Code of medical and sanitary regulations for the guidance of medical officers serving in the Madras Presidency - Volume I
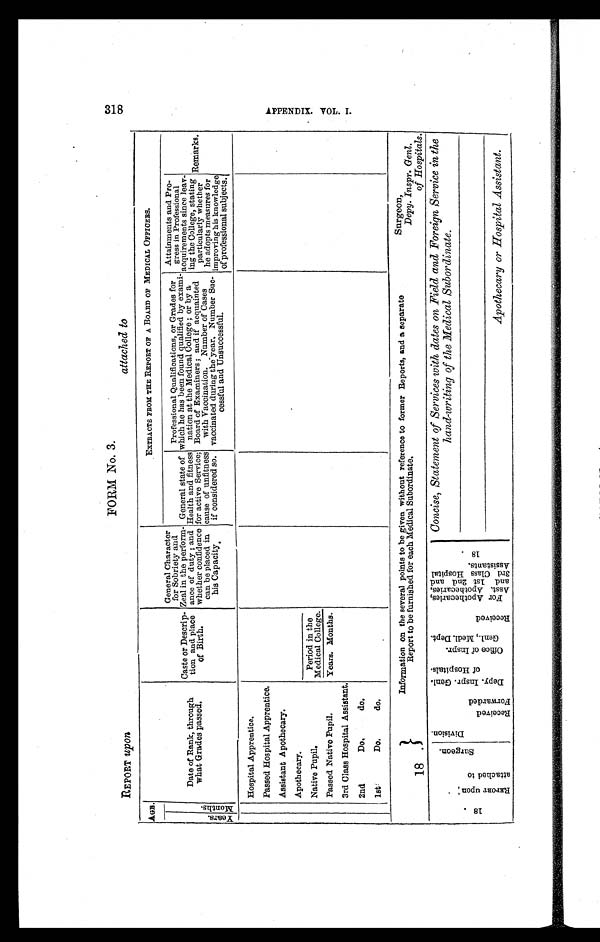
FORM No. 3.
REPORT upon
AGE.
Date of Rank, through
what Grades passed.
Caste or Descrip-
tion and place
of Birth.
General Character
for Sobriety and
Zeal in the perform-
ance of duty; and
whether confidence
can be placed in
his Capacity.
EXTRACTS FROM THE REPORT OF A BOARD OF MEDICAL OFFICERS.
Ye a r s .
Mont hs .
General state of
Health and fitness
for active Service;
cause of unfitness
if considered so.
Professional Qualifications, or Grades for
which he has been found qualified by exami-
nation at the Medical College ; or by a
Board of Examiners ; and if acquainted
with Vaccination. Number of Cases
vaccinated during the year. Number Suc-
cessful and Unsuccessful.
Attainments and Pro-
gress in Professional
acquirements since leav-
ing the College, stating
particularly whether
he adopts measures for
improving his knowledge
of professional subjects.
Remarks.
Hospital Apprentice.
Passed Hospital Apprentice.
Assistant Apothecary.
Apothecary.
Native Pupil.
Period in the
Medical College.
Passed Native Pupil.
Years. Months.
3rd Class Hospital Assistant.
2nd Do. do.
1st Do. do.
18 .
Information on the several points to be given without reference to former Reports, and a separate
Report to be furnished for each Medical Subordinate.
Surgeon,
Depy. Inspr. Genl.
of Hospitals.
1 8 .
R E P O R T u p o n a t t a c h e d t o
S u r g e o n .
D i v i s i o n .
R e c e i v e d .
F o r w a r d e d
De p y . I n s p r . Ge n l .
of Hospi t al s.
O f f i c e o f I n s p r .
G e n l . , M e d l . D e p t .
R e c e i v e d
For Apot he c a r i e s ,
As s t . Ap o t h e c a r i e s ,
a n d 1 s t 2 n d a n d 3 r d C l a s s H o s p i t a l
Assi st ant s.
1 8 .
Concise, Statement of Services with dates on Field and Foreign Service in the
hand-writing of the Medical Subordinate.
Apothecary or Hospital Assistant.
attached to
318
A P P E N D I X . V O L . I .